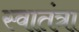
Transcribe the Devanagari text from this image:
स्वातंत्रा